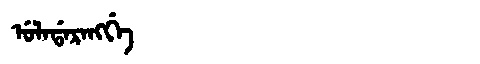
Manchu: ᡠᠯᠠᡩᠠᡵᠠᠩᡤᡝ
Romanization: ULADARANGGE